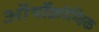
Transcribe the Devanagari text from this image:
ऑर्थोक्रोम्बिक